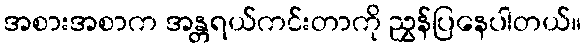
အစားအစာက အန္တရယ်ကင်းတာကို ညွှန်ပြနေပါတယ်။